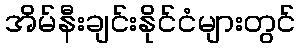
အိမ်နီးချင်းနိုင်ငံများတွင်